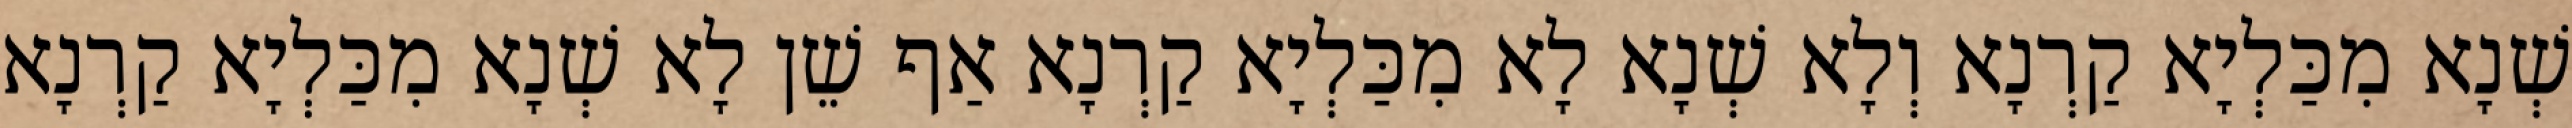
שְׁנָא מִכַּלְיָא קַרְנָא וְלָא שְׁנָא לָא מִכַּלְיָא קַרְנָא אַף שֵׁן לָא שְׁנָא מִכַּלְיָא קַרְנָא